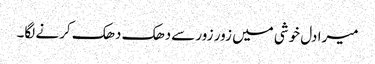
میرا دل خوشی میں زور زور سےدھک دھک کرنے لگا۔